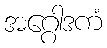
အဂ္ဂေါဒကံ